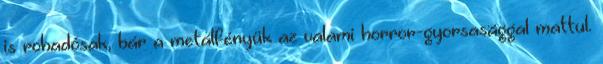
is rohadósak, bár a metálfényük az valami horror-gyorsasággal mattul.